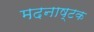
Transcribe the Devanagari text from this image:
मदनाष्टक